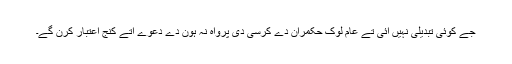
جے کوئی تبدیلی نہیں آئی تے عام لوک حکمران دے کرسی دی پرواہ نہ ہون دے دعوے اُتے کنج اعتبار کرن گے۔